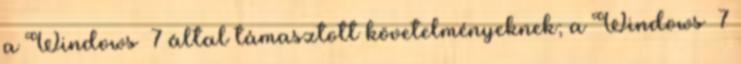
a Windows® 7 által támasztott követelményeknek; a Windows® 7